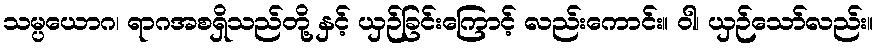
သမ္ပယောဂ၊ ရာဂအစရှိသည်တို့ နှင့် ယှဉ်ခြင်းကြောင့် လည်းကောင်း။ ဝါ၊ ယှဉ်သော်လည်း။